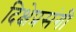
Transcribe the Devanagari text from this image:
दिक्षेप्रसंगी